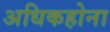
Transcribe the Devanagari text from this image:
अधिकहोना